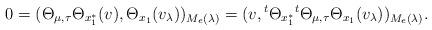
LaTeX: \begin{align*}0=(\Theta_{\mu,\tau}\Theta_{x_1^*}(v),\Theta_{x_1}(v_\lambda))_{M_e(\lambda)}=(v,{}^{t}\Theta_{x_1^*}{}^{t}\Theta_{\mu,\tau}\Theta_{x_1}(v_\lambda))_{M_e(\lambda)}.\end{align*}